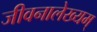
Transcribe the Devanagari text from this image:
जीवनालेख्यम्